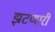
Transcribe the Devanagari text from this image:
झटणारी